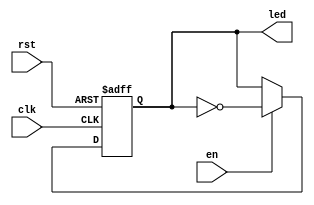
module blink_reg
#(parameter DW = 1)
(
	input clk, rst, en,
	output reg [DW-1:0]led
);

always@(posedge clk, negedge rst)
	begin
		if(~rst)
			led <= 1'b1;
		else if(en)
			led <= ~led;
		else
			led <= led;
	end
endmodule